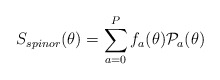
\begin{align*}S_{spinor} (\theta) = \sum_{a=0}^{P} f_a(\theta) {\cal P}_a (\theta)\end{align*}